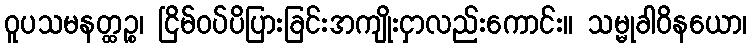
ဝူပသမနတ္ထဉ္စ၊ ငြိမ်ဝပ်ပိပြားခြင်းအကျိုးငှာလည်းကောင်း။ သမ္မုခါဝိနယော၊